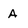
Character: A